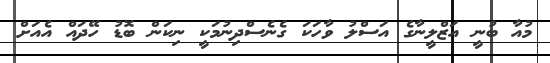
މުއާ ބުނީ އަޒްލީނާގެ އަސްލު ވާހަކަ ގެނެސްދިނުމަކީ ނިކަން ބޮޑު ހޭދައް އެއަށް